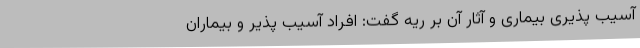
آسیب پذیری بیماری و آثار آن بر ریه گفت: افراد آسیب پذیر و بیماران